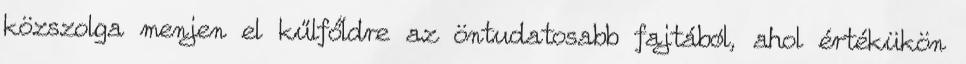
közszolga menjen el kűlfőldre az öntudatosabb fajtából, ahol értékükön